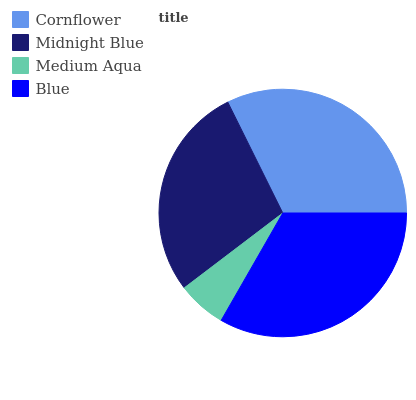
| Cornflower | Midnight Blue | Medium Aqua | Blue |
 | --- | --- | --- | --- |
 | 32.3% | 28% | 6.37% | 33.3% |